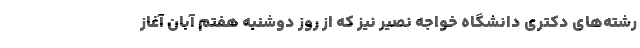
رشته‌های دکتری دانشگاه خواجه نصیر نیز که از روز دوشنبه هفتم آبان آغاز